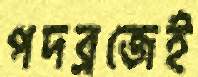
পদব্রজেই